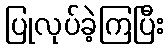
ပြုလုပ်ခဲ့ကြပြီး